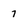
Character: 7